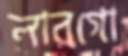
লারগো